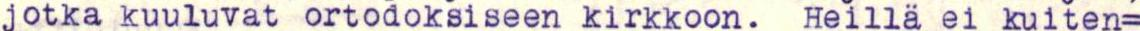
jotka kuuluvat ortodoksiseen kirkkoon. Heillä ei kuiten=